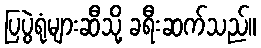
ပြပွဲရုံများဆီသို့ ခရီးဆက်သည်။